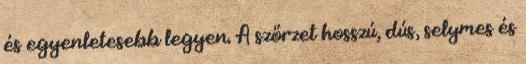
és egyenletesebb legyen. A szőrzet hosszú, dús, selymes és